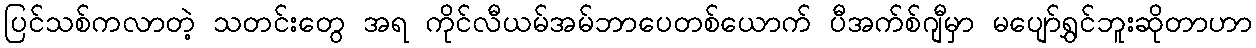
ပြင်သစ်ကလာတဲ့ သတင်းတွေ အရ ကိုင်လီယမ်အမ်ဘာပေတစ်ယောက် ပီအက်စ်ဂျီမှာ မပျော်ရွှင်ဘူးဆိုတာဟာ